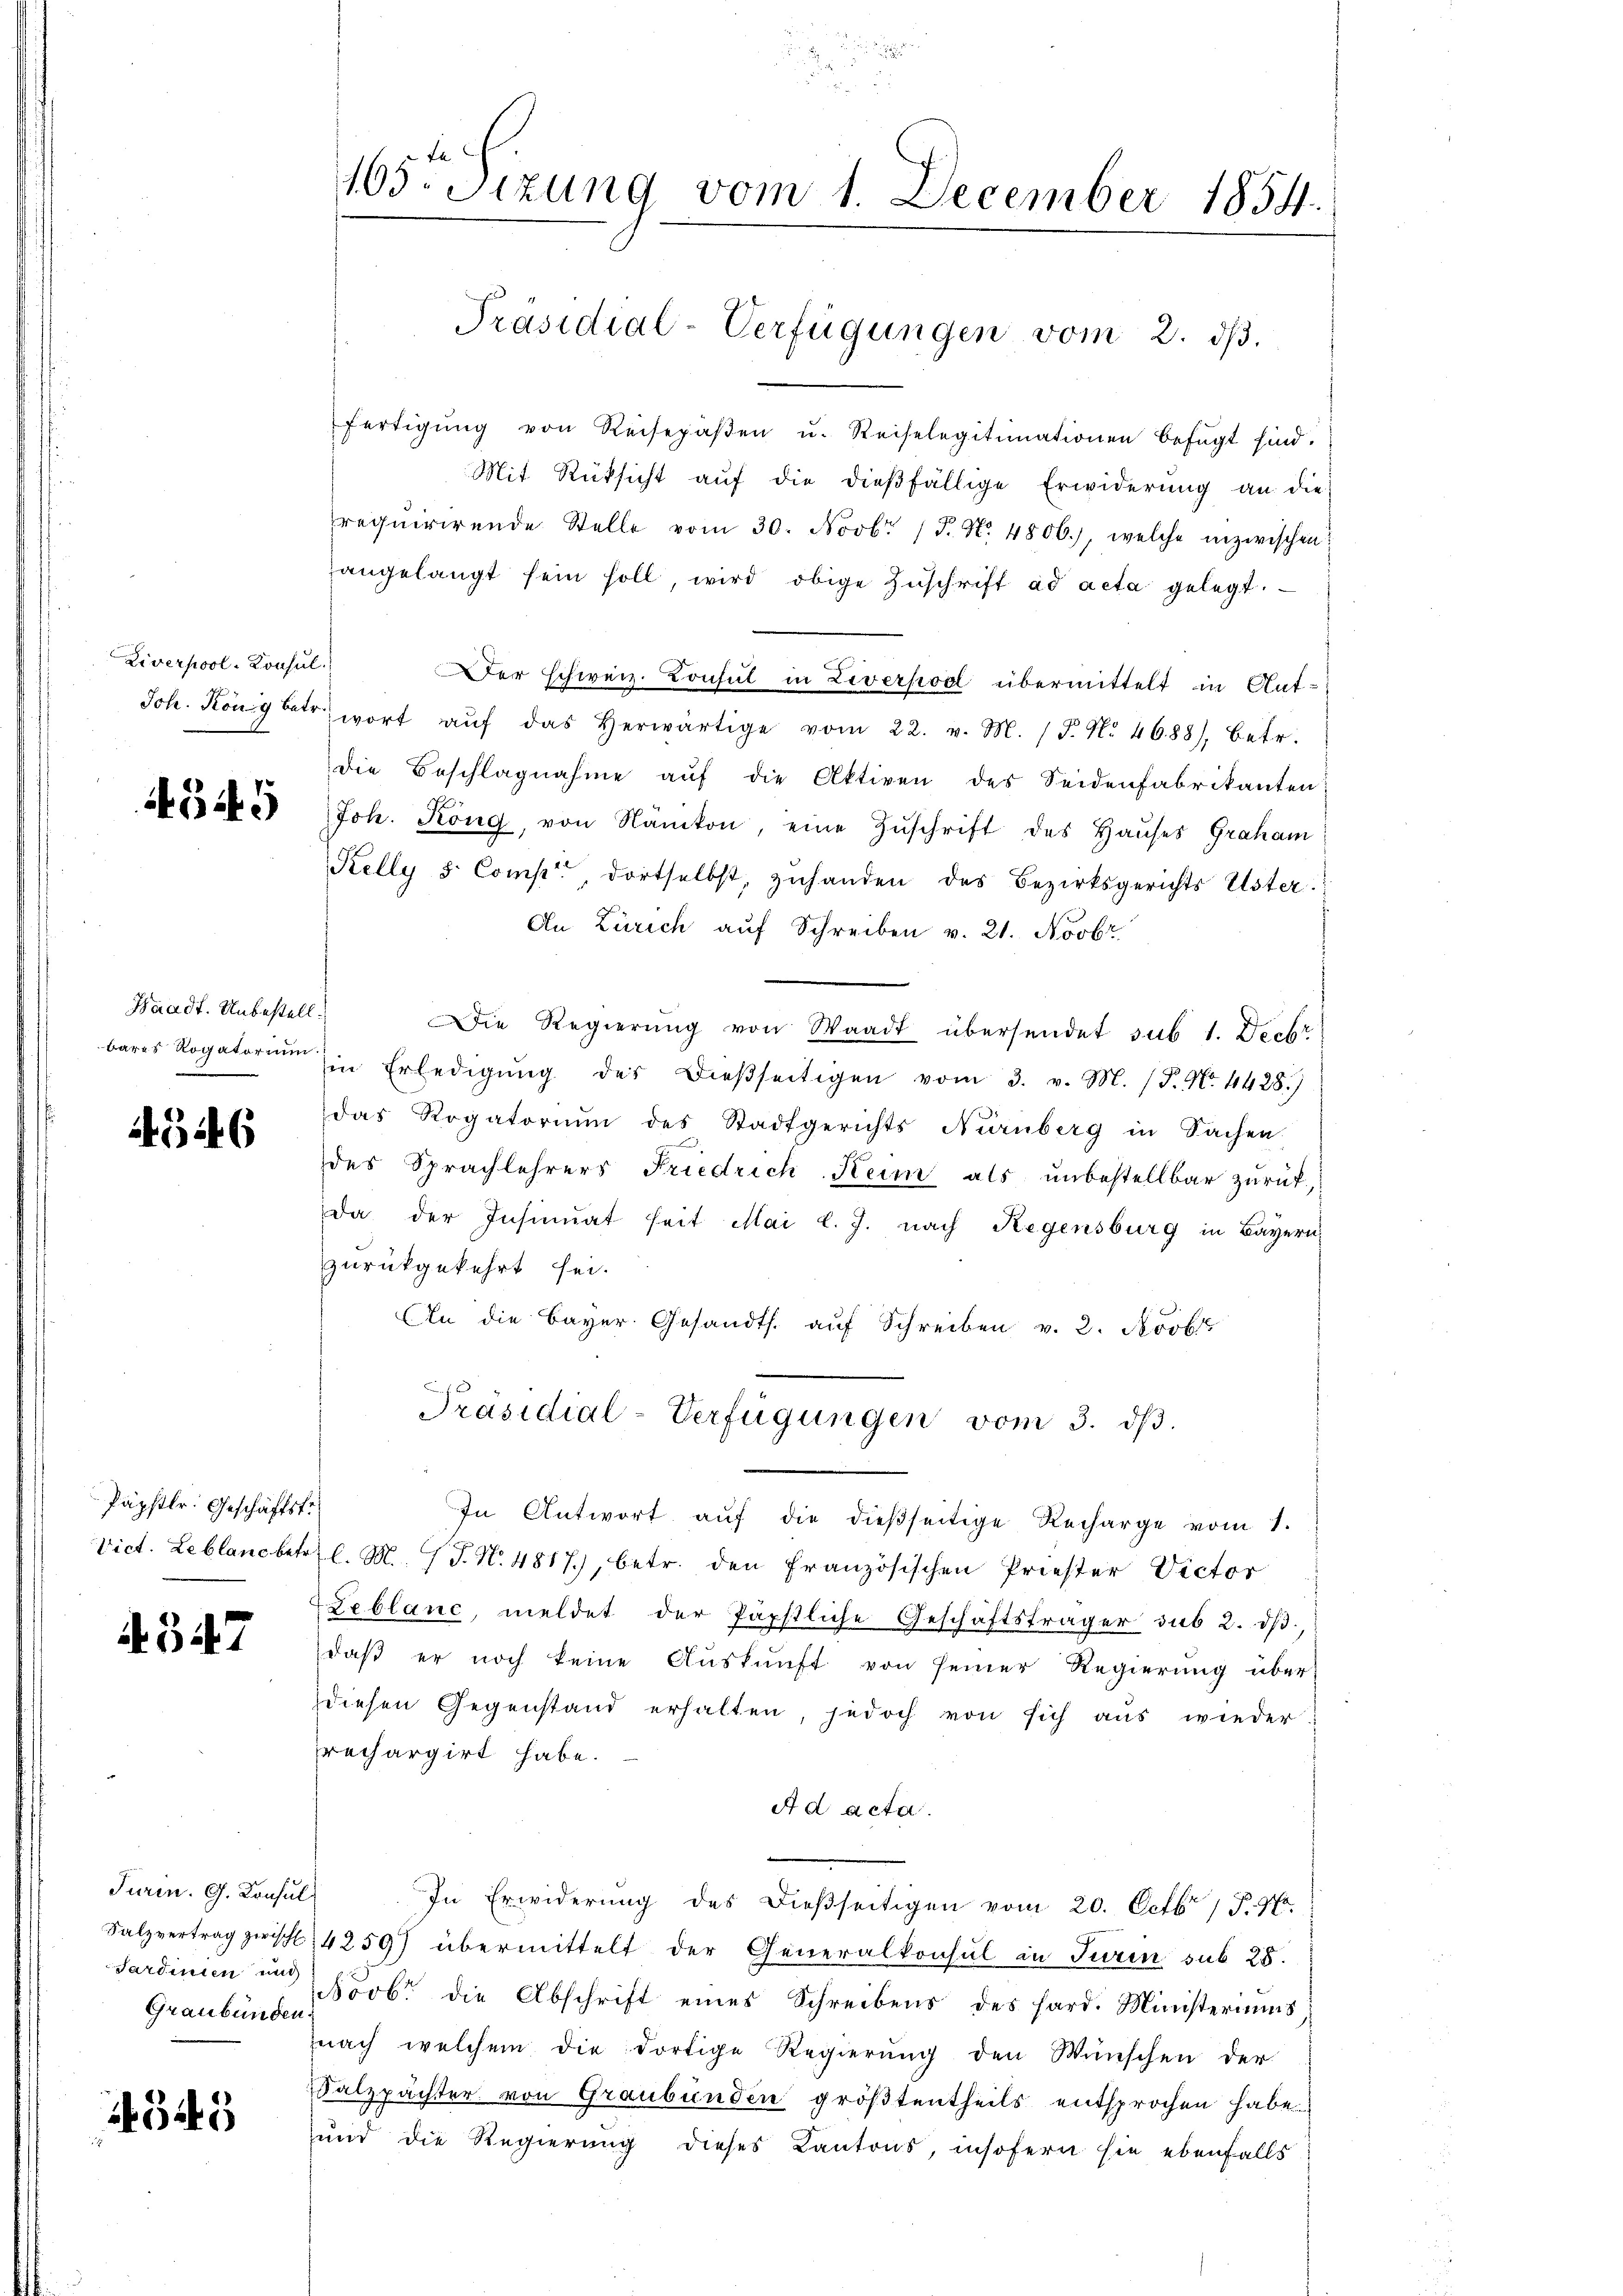
Liverpool-Konsul
Joh. König betr.

549

Waadt. Unbestellbares Rogatorium.

4546

Päpstlr. Geschäftstr
Vict. Leblanc betr.

4547

Turin. G. Konsul
Salzvertrag zwische
Sardinien und
Graubünden.

645

165. Sizung vom 1. December 1854.

fertigŭng von Reisepaβen u. Reiselegitimationen befŭgt sind.
Mit Rüksicht aŭf die dieβfällige Erwiderŭng an die
requirirende Stelle vom 30. Novbr. (T. N. 4806), welche inzwischen
angelangt sein soll wird obige Zŭschrift ad acta gelegt.
er schweiz. Consul in Liverpool übermittelt in Antwort aŭf das herwärtige vom 22. v. M. P. Nr. 4688), betr.
die Beschlagnahme auf die Aktiven des Seidenfabrikanten
Joh. Köng, von Nanton, eine Zŭschrift des Haŭses Graham
Kelly d. Comp., dortselbst, zuhanden des Bezirksgerichts Uster.
An Zürich auf Schreiben v. 21. Novbr.
Die Regierŭng von Waadt übersendet sub 1. Decbr
in Erledigŭng des dießseitigen vom 3. v. M. (T. No. 4428.)
das Rogatoriŭm des Stadtgerichts Nürnberg in Sachen
des Sprachlehrers Friedrich Keim als unbestellbar zurück
Da der Insinuat heit Mai l. J. nach Regensburg in Bayern,
zurückgekehrt sei.
An die Bayer Gesandts. aŭf Schreiben v. 2. Novb
Präsidial-Verfügungen vom 3. dβ.
In Antwort aŭf die dießseitige Recharge vom 1.
l. M. (T. N. 4817), betr. den französischen Priester Victor
Leblanc, meldet der Papstliche Geschäftsträger sub 2. dβ.
daß er noch keine Auskunft von seiner Regierung über
diesen Gegenstand erhalten, jedoch von sich aus wieder
rechargirt habe.
A d acta.
In Erwiderung des dießseitigen vom 20. Octbr 1796.
4259) übermittelt der Generalkonsul in Turin sub 28.
Novbr. die Abschrift eines Schreibens des hard. Ministeriums
nach welchem die dortige Regierŭng den Wünschen der
Salzpächter von Graubünden größtentheils entsprochen habe.
und die Regierung dieses Kantons, insofern sie ebenfalls

Präsidial-Verfügungen vom 2. dβ.